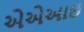
એએઆઇ